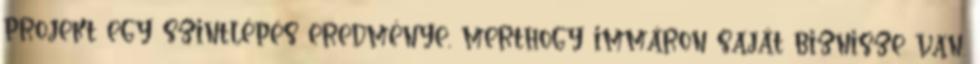
projekt egy szintlépés eredménye, merthogy immáron saját biznisze van.